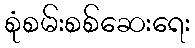
စုံစမ်းစစ်ဆေးရေး